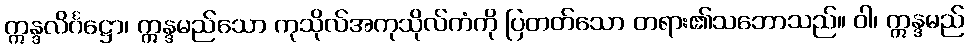
ဣန္ဒလိင်္ဂဋ္ဌော၊ ဣန္ဒမည်သော ကုသိုလ်အကုသိုလ်ကံကို ပြတတ်သော တရား၏သဘောသည်။ ဝါ၊ ဣန္ဒမည်